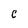
Character: C